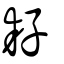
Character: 耔